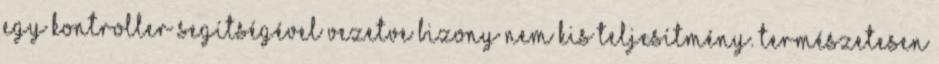
egy kontroller segítségével vezetve bizony nem kis teljesítmény. Természetesen